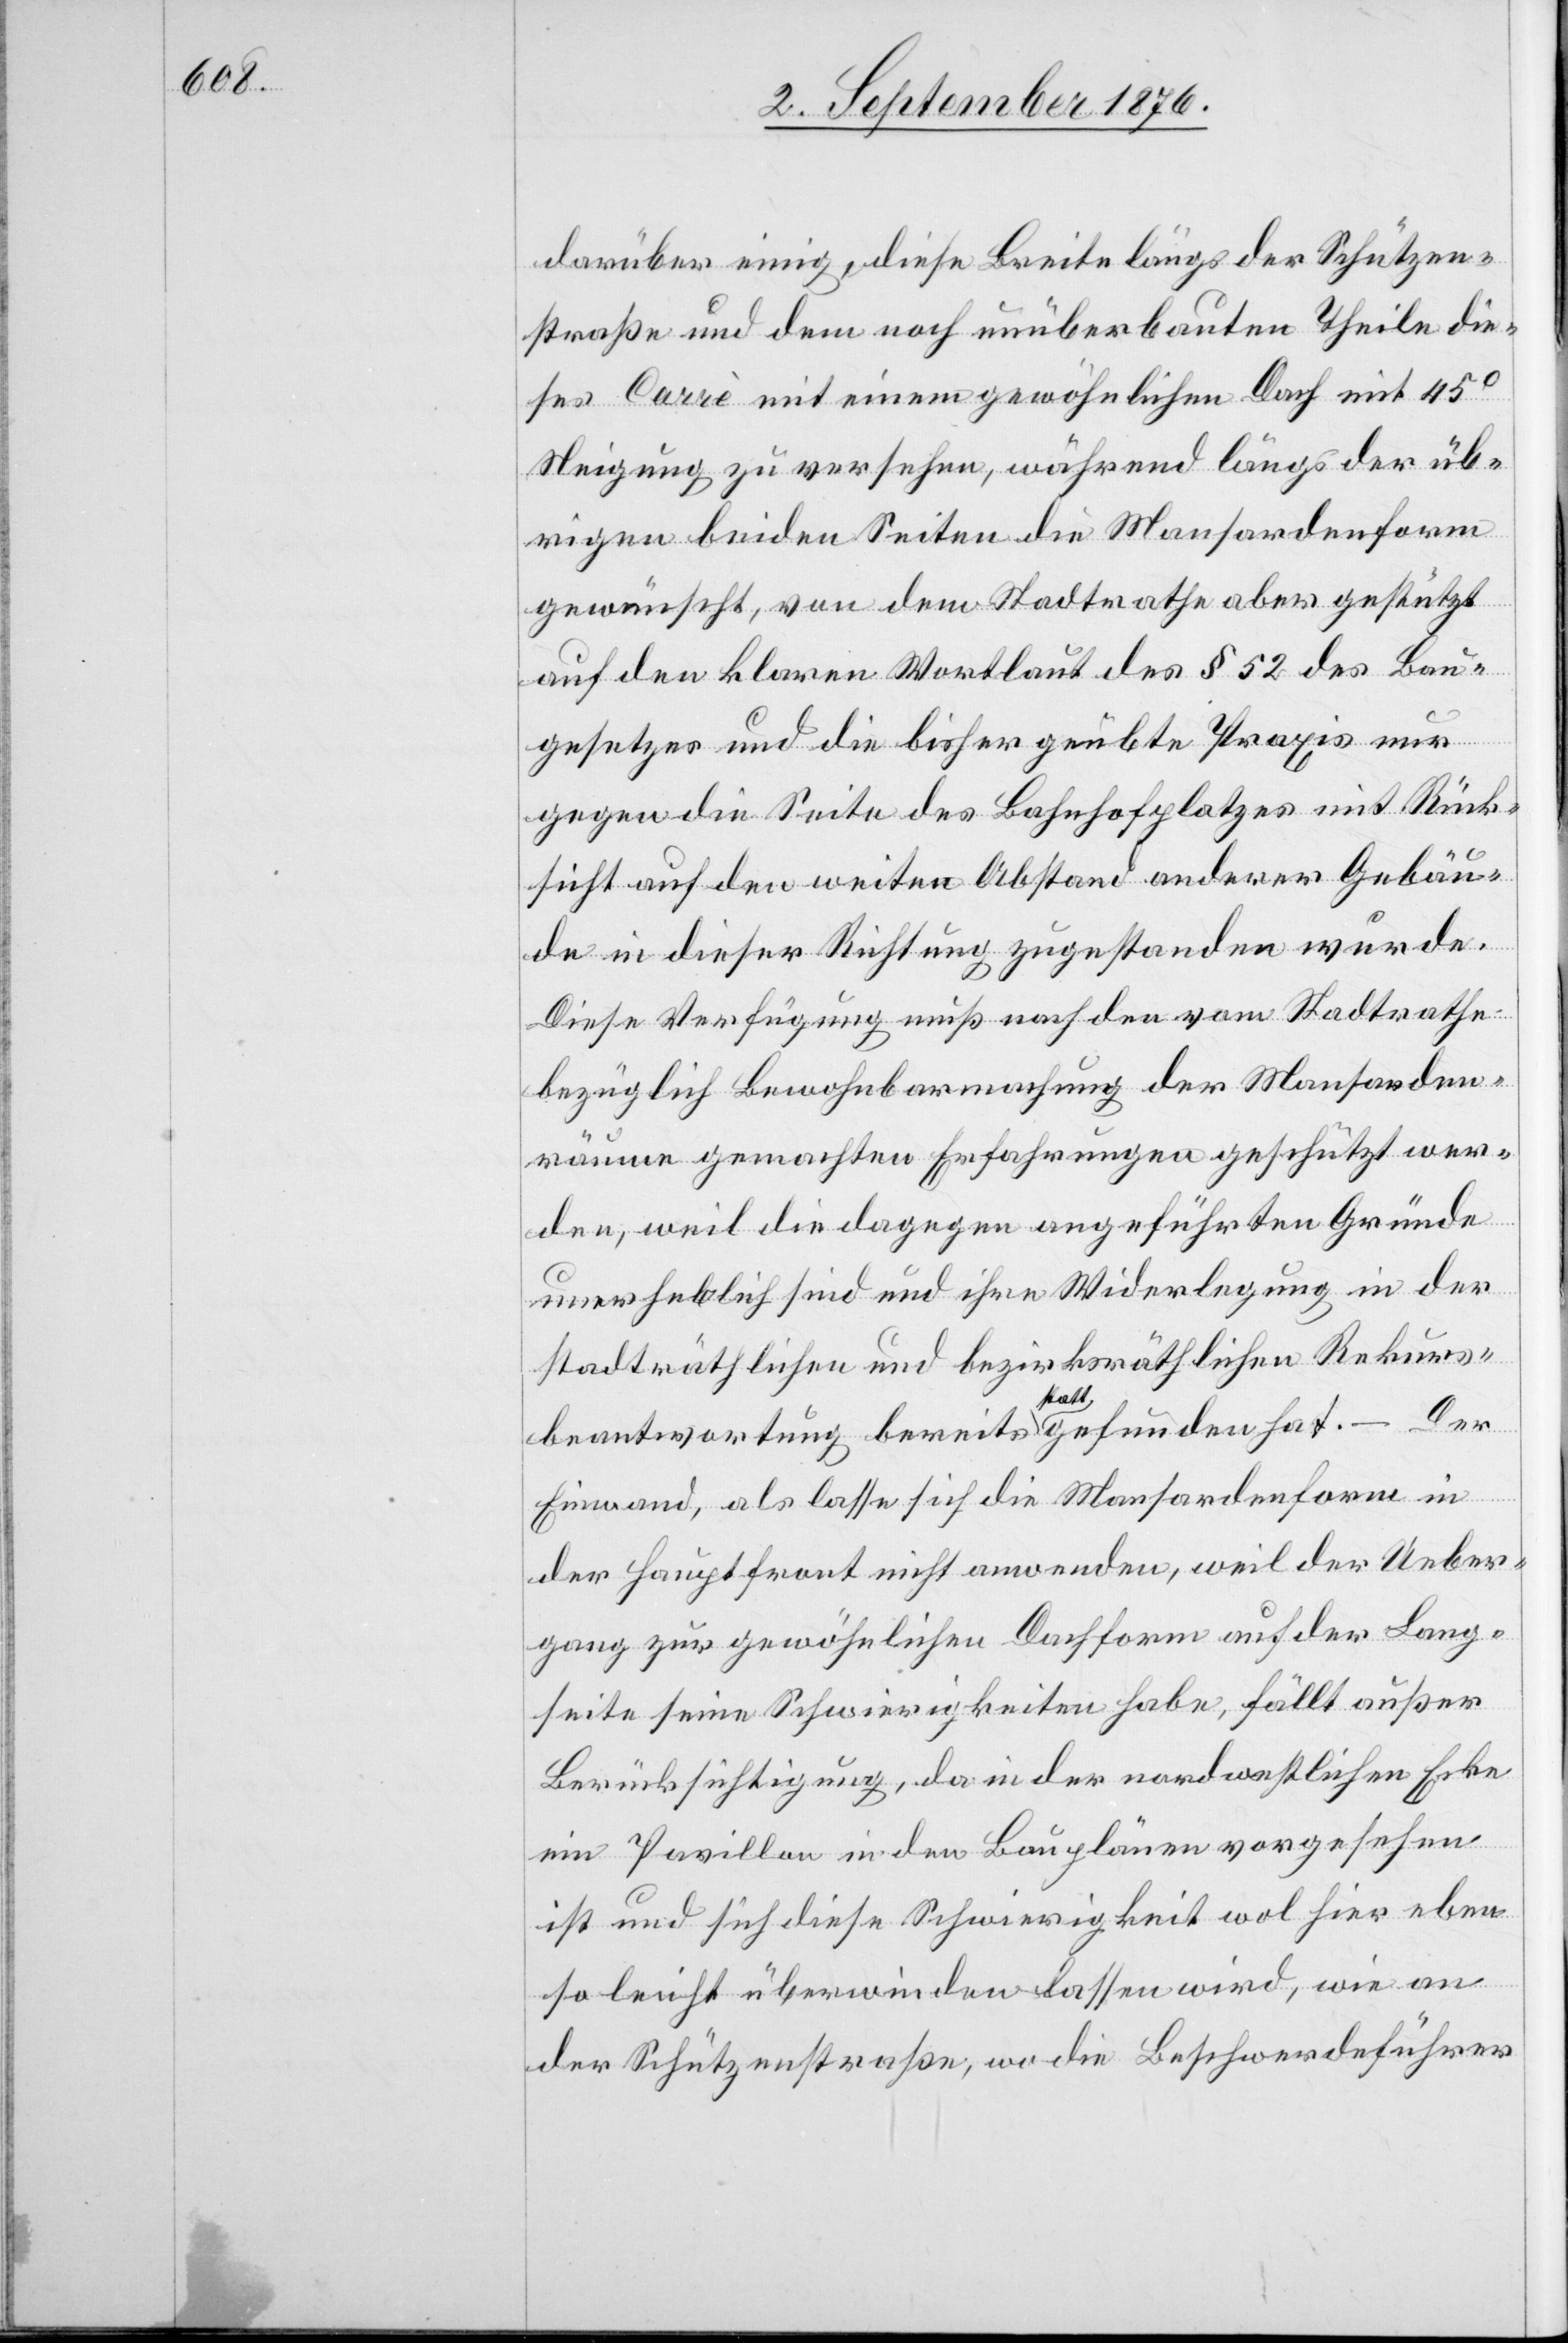
darüber einig, diese Breite längs der Schützen¬
straße und dem noch unüberbauten Theile die¬
ses Carrè mit einem gewöhnlichen Dach mit 45°
Neigung zu versehen, während längs der üb¬
rigen beiden Seiten die Mansardenform
gewünscht, von dem Stadtrathe aber gestützt
auf den klaren Wortlaut des § 52 des Bau¬
gesetzes und die bisher geübte Praxis nur
gegen die Seite des Bahnhofplatzes mit Rück¬
sicht auf den weiten Abstand anderer Gebäu¬
de in dieser Richtung zugestanden wurde.
Diese Verfügung muß nach den vom Stadtrathe
bezüglich Bewohnbarmachung der Mansarden¬
räume gemachten Erfahrungen geschützt wer¬
den, weil die dagegen angeführten Gründe
unerheblich sind und ihre Widerlegung in der
stadträthlichen und bezirksräthlichen Rekurs¬
beantwortung bereits stattgefunden hat. – Der
Einwand, als lasse sich die Mansardenform in
der Hauptfront nicht anwenden, weil der Ueber¬
gang zur gewöhnlichen Dachform auf der Lang¬
seite seine Schwierigkeiten habe, fällt außer
Berücksichtigung, da in der nordwestlichen Ecke
ein Pavillon in den Bauplänen vorgesehen
ist und sich diese Schwierigkeit wol hier eben
so leicht überwinden lassen wird, wie an
der Schützenstraße, wo die Beschwerdeführer